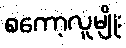
စကော့လူမျိုး